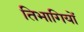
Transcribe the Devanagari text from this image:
तिभागियों